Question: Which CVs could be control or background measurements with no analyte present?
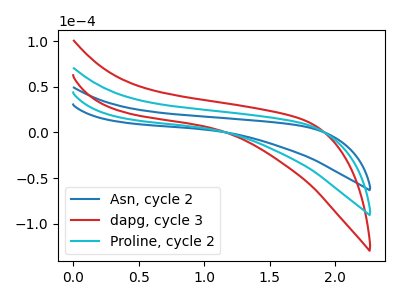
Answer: <think>The blue curve "Asn, cycle 2" has no peaks. The red curve "dapg, cycle 3" has no peaks. The cyan curve "Proline, cycle 2" has no peaks.</think>
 <answer>"Asn, cycle 2", "dapg, cycle 3" and "Proline, cycle 2" are likely to be blanks.</answer>
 <eval>"Asn, cycle 2", "dapg, cycle 3", "Proline, cycle 2"</eval>